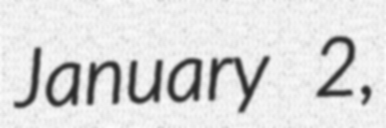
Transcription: January 2,